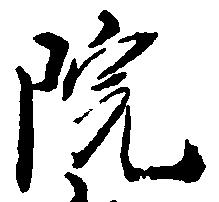
院